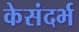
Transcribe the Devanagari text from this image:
केसंदर्भ